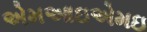
એમઆઇએમઇ